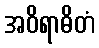
အဝိရာဓိတံ